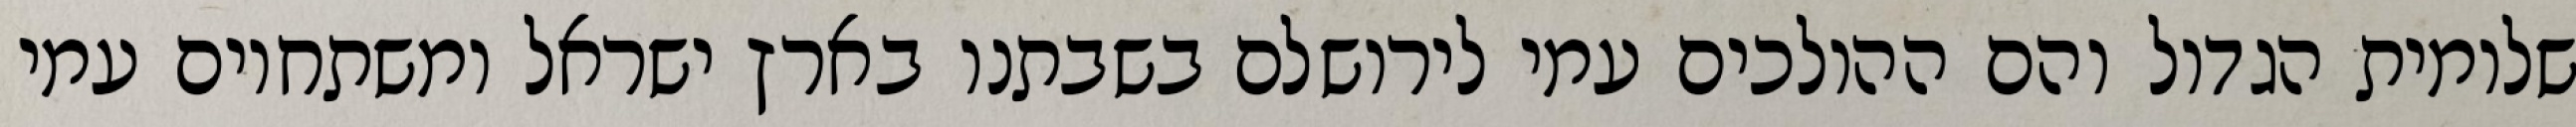
שלומית הגדול והם ההולכים עמי לירושלם בשבתנו בארץ ישראל ומשתחוים עמי